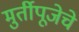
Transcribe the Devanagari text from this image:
मुर्तीपूजेचे